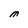
Character: M